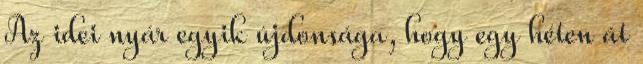
Az idei nyár egyik újdonsága, hogy egy héten át